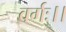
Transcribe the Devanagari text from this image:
वर्गः।।